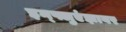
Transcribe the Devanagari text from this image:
इन्फ्लुएंझावर